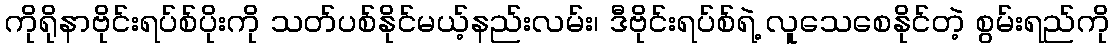
ကိုရိုနာဗိုင်းရပ်စ်ပိုးကို သတ်ပစ်နိုင်မယ့်နည်းလမ်း၊ ဒီဗိုင်းရပ်စ်ရဲ့ လူသေစေနိုင်တဲ့ စွမ်းရည်ကို